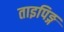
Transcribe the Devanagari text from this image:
ताइपिङ्ग